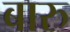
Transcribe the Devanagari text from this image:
बारु